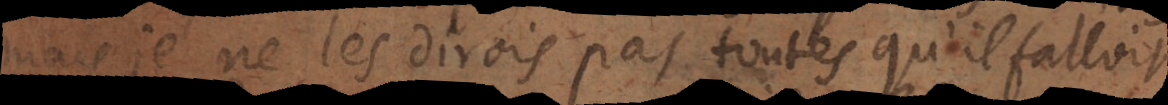
mais je ne les dirois pas toutes qu’il falloit